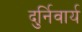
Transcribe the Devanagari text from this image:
दुर्निवार्य